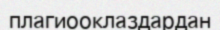
плагиооклаздардан